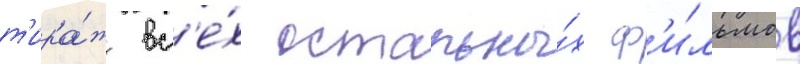
т'ира́ж вс'е́х остальны́х ф'и́льмов